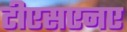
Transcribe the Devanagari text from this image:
टीएसएनए